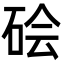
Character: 𬒊